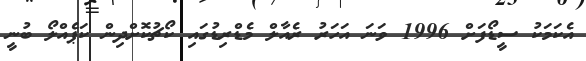
އެކަމަކު ސީޑޯފަށް 1996 ވަނަ އަހަރު ރެއާލް މެޑްރިޑުގައި ކޯޗުކޮށްދިން ކަޕެއްލޯ ބުނީ